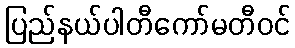
ပြည်နယ်ပါတီကော်မတီဝင်